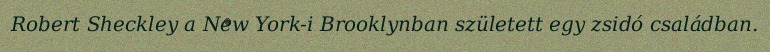
Robert Sheckley a New York-i Brooklynban született egy zsidó családban.